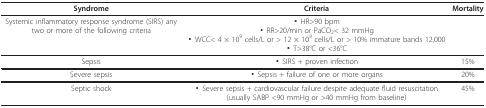
| Syndrome | Criteria | Mortality |
 | --- | --- | --- |
 | Systemic inflammatory response syndrome (SIRS) any two or more of the following criteria | ▪ HR>90 bpm▪ RR>20/min or PaCO2< 32 mmHg▪ WCC< 4 × 109 cells/L or > 12 × 109 cells/L or > 10% immature bands 12,000▪ T>38°C or <36°C |  |
 | Sepsis | ▪ SIRS + proven infection | 15% |
 | Severe sepsis | ▪ Sepsis + failure of one or more organs | 20% |
 | Septic shock | ▪ Severe sepsis + cardiovascular failure despite adequate fluid resuscitation (usually SABP <90 mmHg or >40 mmHg from baseline) | 45% |